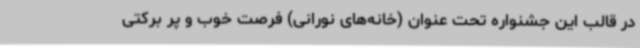
در قالب این جشنواره تحت عنوان (خانه‌های نورانی) فرصت خوب و پر برکتی